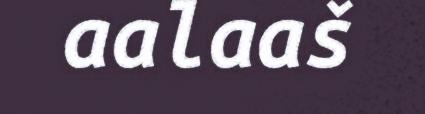
aalaaš